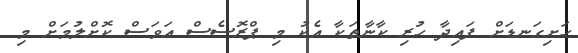
ހަށިގަނޑަށް ފައިދާ ހުރި ކާނާތަކާ އެކު މި ޕްރޮސެސް އަވަސް ކޮށްލުމަށް މި